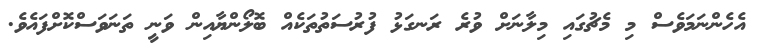
އެހެންނަމަވެސް މި މެޗުގައި މިލާނަށް ވުރެ ރަނގަޅު ފުރުސަތުތަކެއް ބޮލޯންޔާއިން ވަނީ ތަނަވަސްކޮށްފައެވެ.